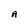
Character: A